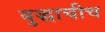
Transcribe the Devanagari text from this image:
बुद्धाचीच